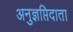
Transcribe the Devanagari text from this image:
अनुज्ञप्तिदाता